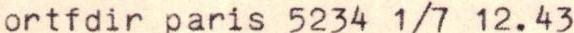
ortfdir paris 5234 1/7 12.43